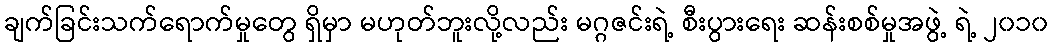
ချက်ခြင်းသက်ရောက်မှုတွေ ရှိမှာ မဟုတ်ဘူးလို့လည်း မဂ္ဂဇင်းရဲ့ စီးပွားရေး ဆန်းစစ်မှုအဖွဲ့ ရဲ့ ၂၀၁၀